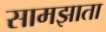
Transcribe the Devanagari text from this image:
सामझाता